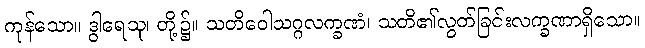
ကုန်သော။ ဒွါရေသု၊ တို့၌။ သတိဝေါသဂ္ဂလက္ခဏံ၊ သတိ၏လွတ်ခြင်းလက္ခဏာရှိသော။